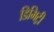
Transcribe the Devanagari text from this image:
डिमिट्री